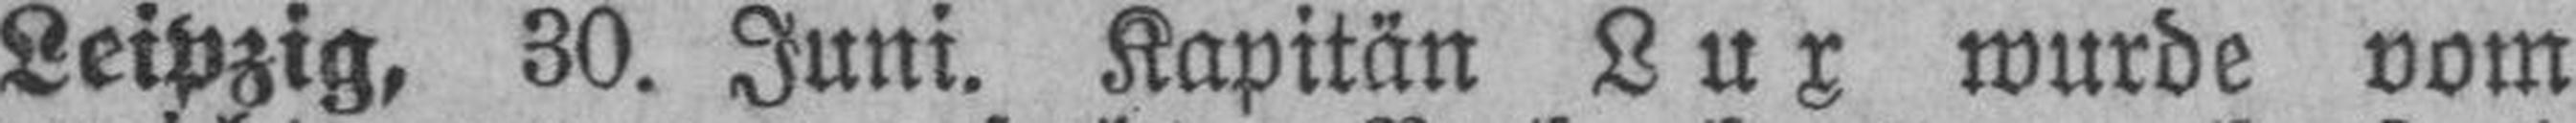
Leipzig, 30. Juni. Kapitän Lux wurde vom